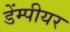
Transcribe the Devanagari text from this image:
डेंम्पीयर